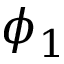
\phi _ { 1 }